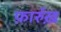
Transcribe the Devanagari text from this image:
फ़ार्रुख़